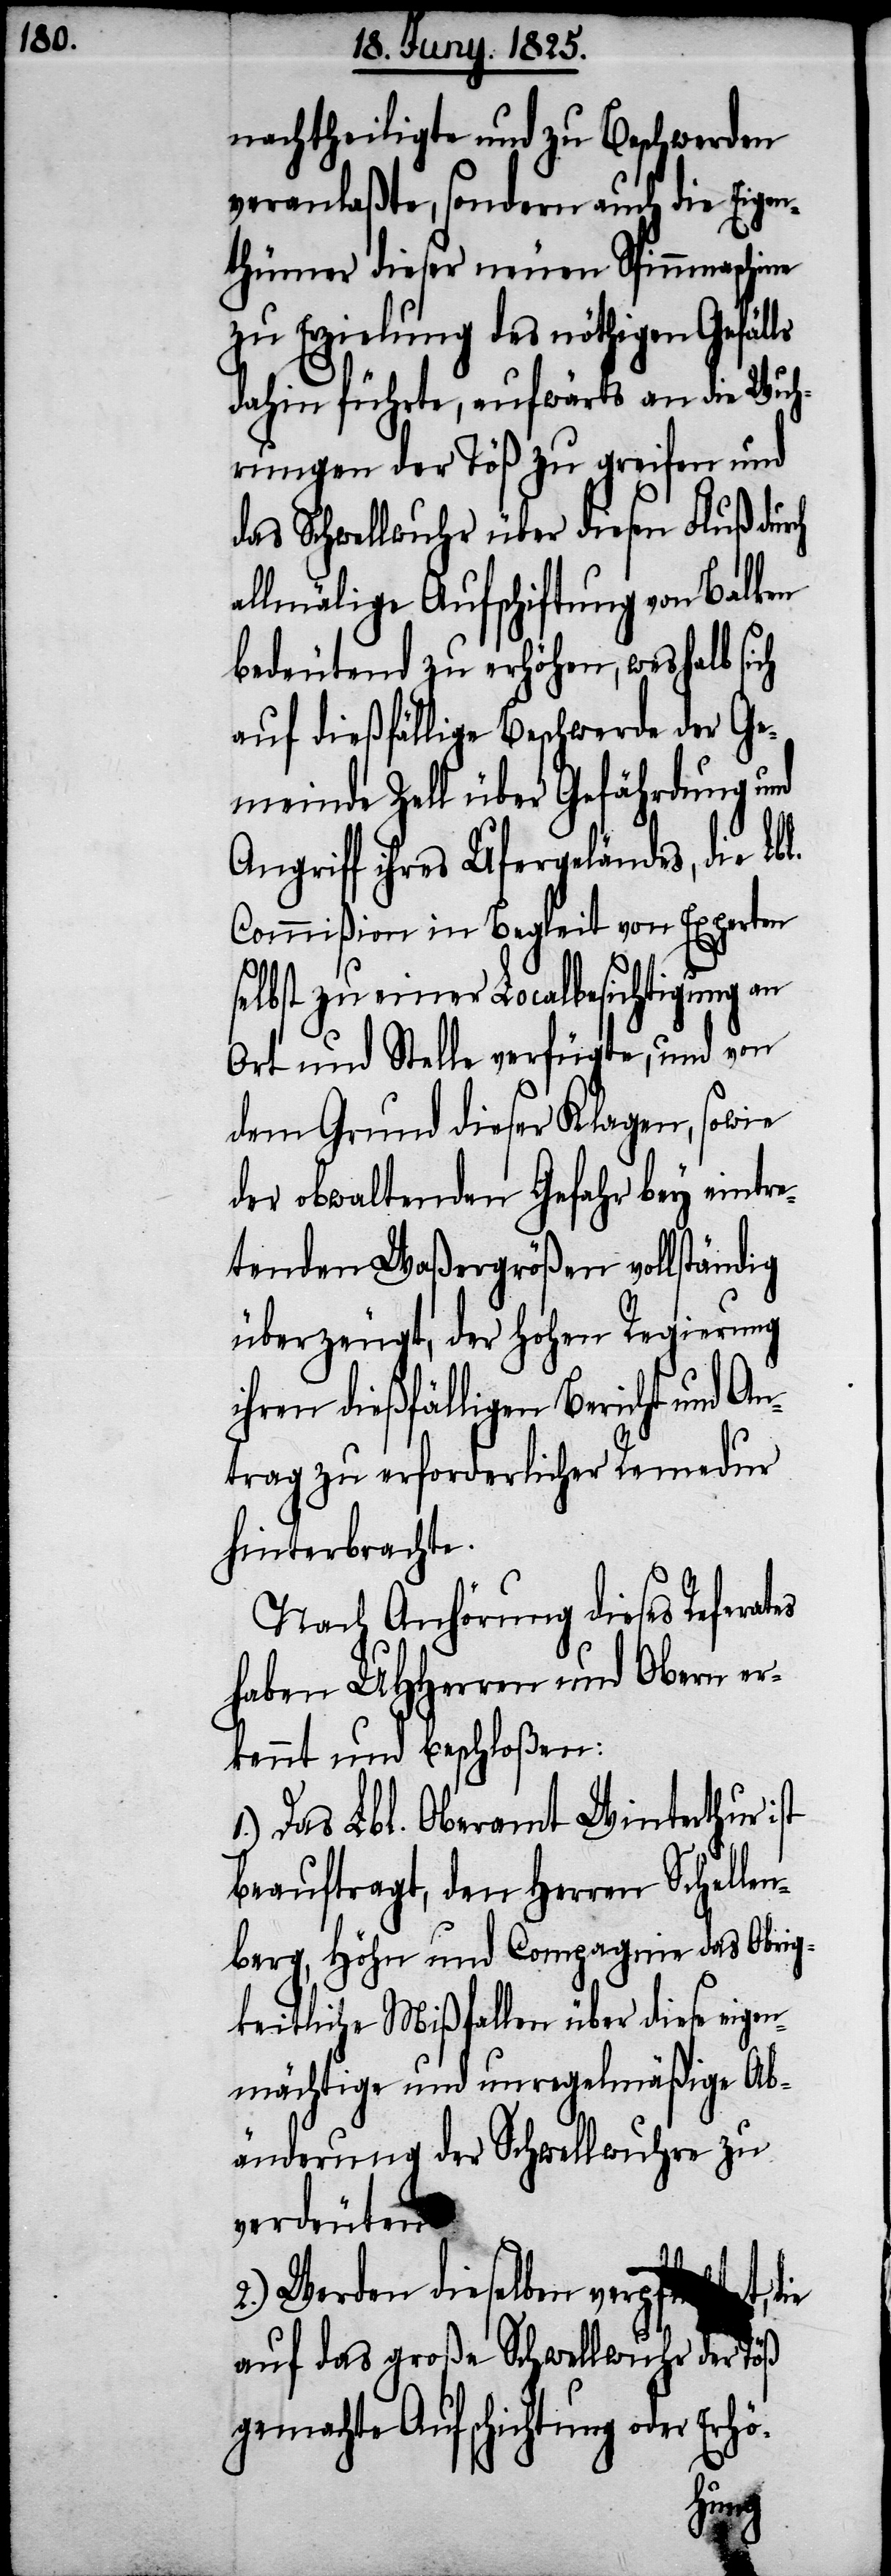
nachtheiligte und zu Beschwerden
veranlaßte, sondern auch die Eigen¬
thümer dieser neuen Spinnmaschine
zu Erzielung des nöthigen Gefäl¬
dahin führte, aufwärts an die Wuh¬
rungen der Töß zu greifen und
das Schwellwuhr über diesen Fluß durch
allmälige Aufschichtung von Balken
bedeutend zu erhöhen, weshalb sich
auf dießfällige Beschwerde der Ge¬
meinde Zell über Gefährdung und
Angriff ihres Ufergeländes, die Lbl.
Commißion in Begleit von Experten
selbst zu einer Localbesichtigung an
Ort und Stelle verfügte, und von
dem Grund dieser Klagen, sowie
der obwaltenden Gefahr Beschluß
etenden Waßergrößen vollständig
überzeugt, der Hohen Regierung
ihren dießfälligen Bericht und An¬
trag zu erforderlicher Remedur
hinterbrachte.
Nach Anhörung dieses Referates
haben UHHerren und Obern er¬
kennt und beschloßen:
1.) Das Lbl. Oberamt Winterthur ist
beauftragt, den Herren Schellen¬
berg, Höhn und Compagnie das Obrig¬
keitliche Mißfallen über diese eigen¬
mächtige und unregelmäßige Ab¬
änderung der Schwellwuhre zu
verdeuten.
2.) Werden dieselben verpfl¬
t, die
auf das große Schwellwuhr der Töß
gemachte Aufschichtung oder Er¬
hö-